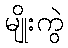
မျိုးကွဲ